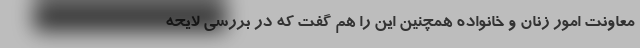
معاونت امور زنان و خانواده همچنین این را هم گفت که در بررسی لایحه